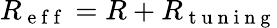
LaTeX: R_{\mathrm{~e~f~f~}}=R+R_{\mathrm{~t~u~n~i~n~g~}}